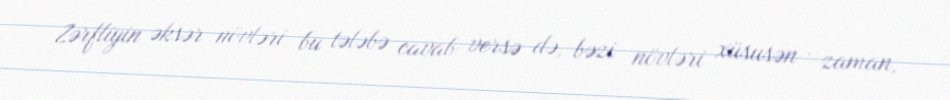
Zərfliyin əksər növləri bu tələbə cavab versə də, bəzi növləri xüsusən , zaman,